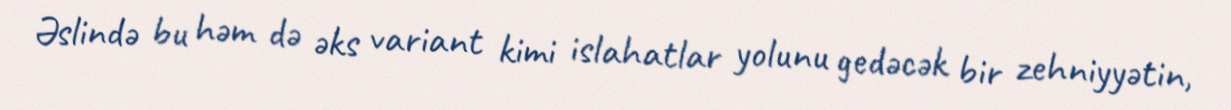
Əslində bu həm də əks variant kimi islahatlar yolunu gedəcək bir zehniyyətin,